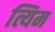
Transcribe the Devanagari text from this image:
त्यिम